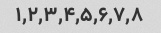
۱,۲,۳,۴,۵,۶,۷,۸